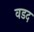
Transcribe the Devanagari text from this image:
वडद